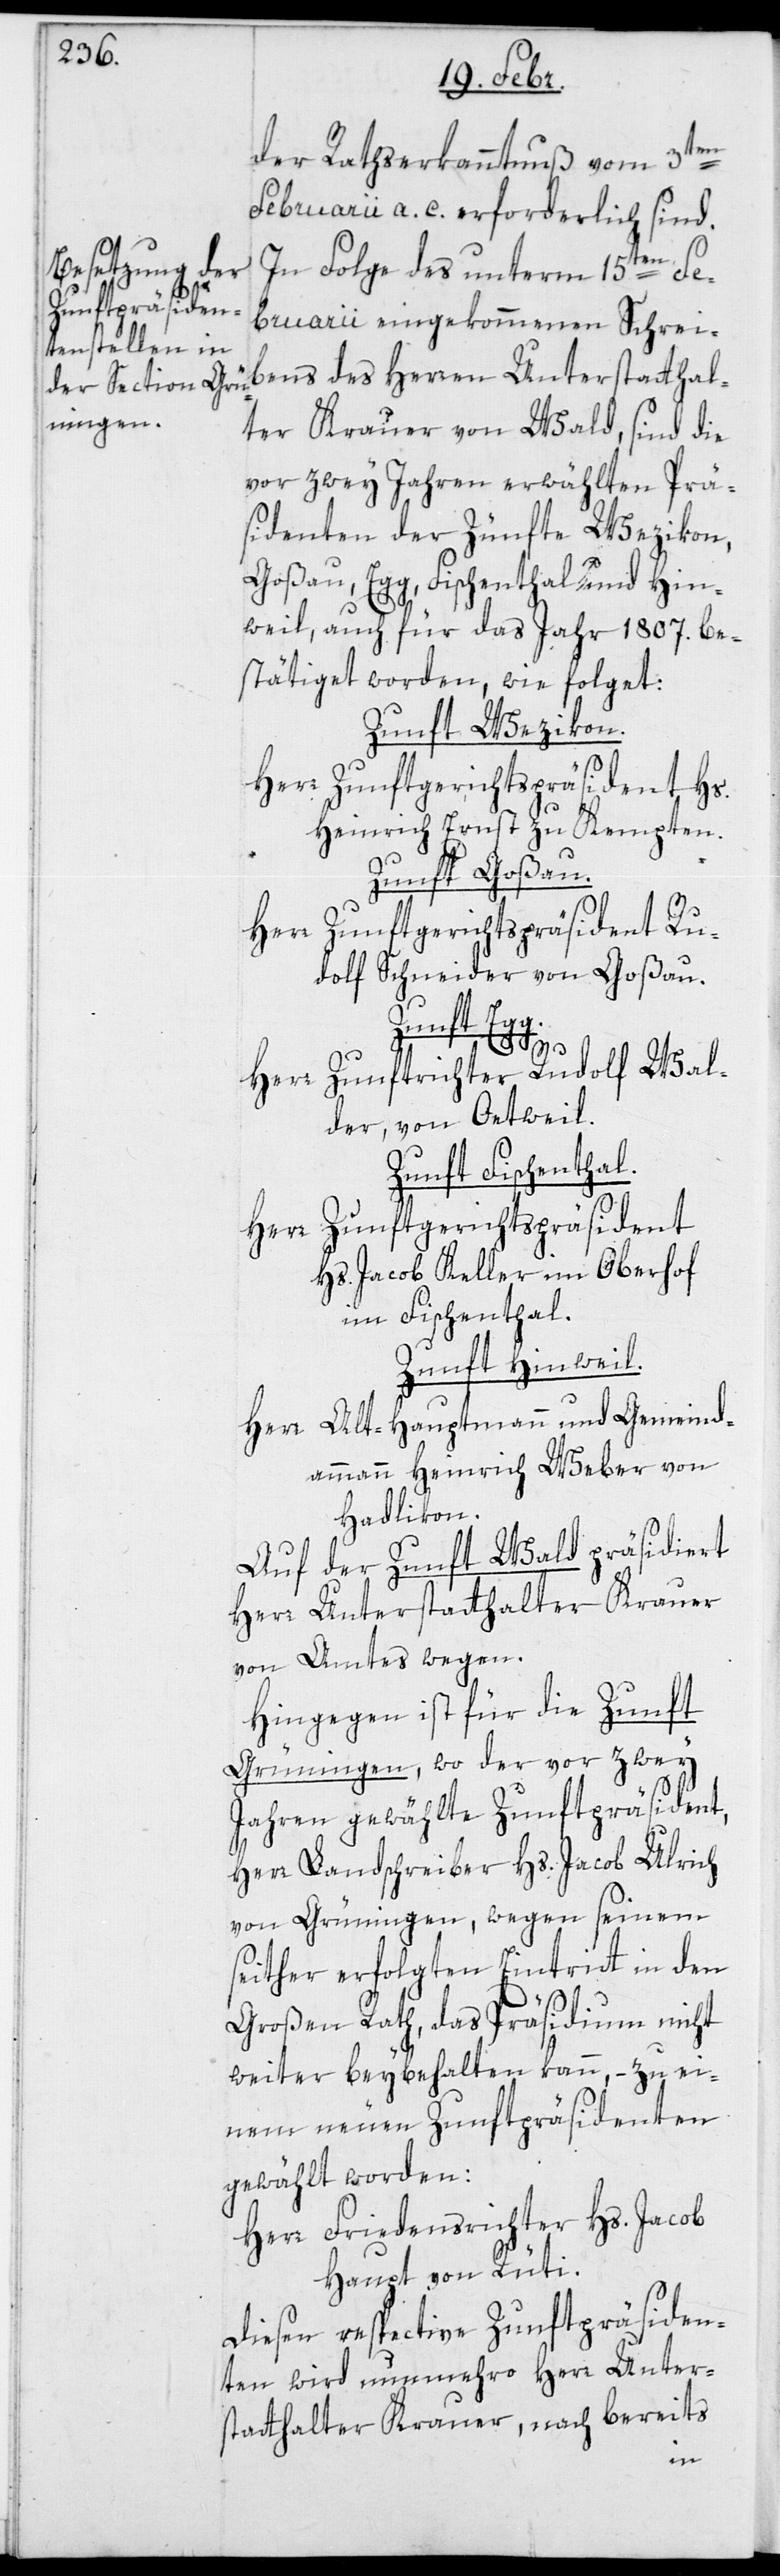
der Rathserkanntnuß vom 3ten
Februarii a. c. erforderlich sind.
des
In Folge des unterm 15ten Fe¬
bruarii eingekommenen Schrei¬
vor zwey Jahren erwählten Prä¬
sidenten der Zünfte Wezikon,
Goßau, Egg, Fischenthal und Hin¬
weil, auch für das Jahr 1807. be¬
stätiget worden, wie folget:
Zunft Wetzikon.
Herr Zunftgerichtspräsident Hs.
Heinrich Ernst zu Kempten.
Zunft Goßau.
Herr Zunftgerichtspräsident Ru¬
dolf Schneider von Goßau.
Zunft Egg．
Herr Zunftrichter Rudolf Wal¬
der von Oetweil.
Zunft Fischenthal.
Herr Zunftgerichtspräsident
Hs. Jacob Keller, im Oberhof
im Fischenthal.
Zunft Hinwil.
Herr Alt-Hauptmann und Gemeind¬
ammann Heinrich Weber von
Hadlikon.
Auf der Zunft Wald präsidiert
Herr Unterstatthalter Krauer
von Amtes wegen.
Hingegen ist für die Zunft
Grüningen, wo der vor zwey
Jahren gewählte Zunftpräsident,
Herr Landschreiber Hs. Jacob Ulrich
von Grüningen, wegen seinem
seither erfolgten Eintritt in den
Großen Rath, das Präsidium nicht
weiter beibehalten kann, – zu ei¬
nem neuen Zunftpräsidenten
gewählt worden:
Herr Friedensrichter Hs. Jacob
Haupt von Rüti.
Diesen respective Zunftpräsiden¬
ten wird nunmehro Herr Unter¬
statthalter Krauer, nach bereits
bens